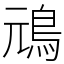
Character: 䲮